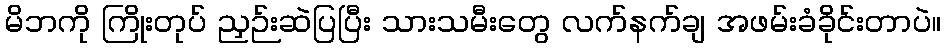
မိဘကို ကြိုးတုပ် ညှဉ်းဆဲပြပြီး သားသမီးတွေ လက်နက်ချ အဖမ်းခံခိုင်းတာပဲ။